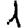
Digit: 1